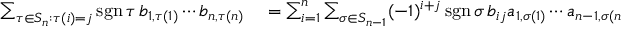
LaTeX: \begin{array} { r l } { \sum _ { \tau \in S _ { n } : \tau ( i ) = j } \operatorname { s g n } \tau \, b _ { 1 , \tau ( 1 ) } \cdots b _ { n , \tau ( n ) } } & { { } = \sum _ { i = 1 } ^ { n } \sum _ { \sigma \in S _ { n - 1 } } ( - 1 ) ^ { i + j } \operatorname { s g n } \sigma \, b _ { i j } a _ { 1 , \sigma ( 1 ) } \cdots a _ { n - 1 , \sigma ( n - 1 ) } } \end{array}